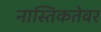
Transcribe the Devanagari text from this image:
नास्तिकतेवर